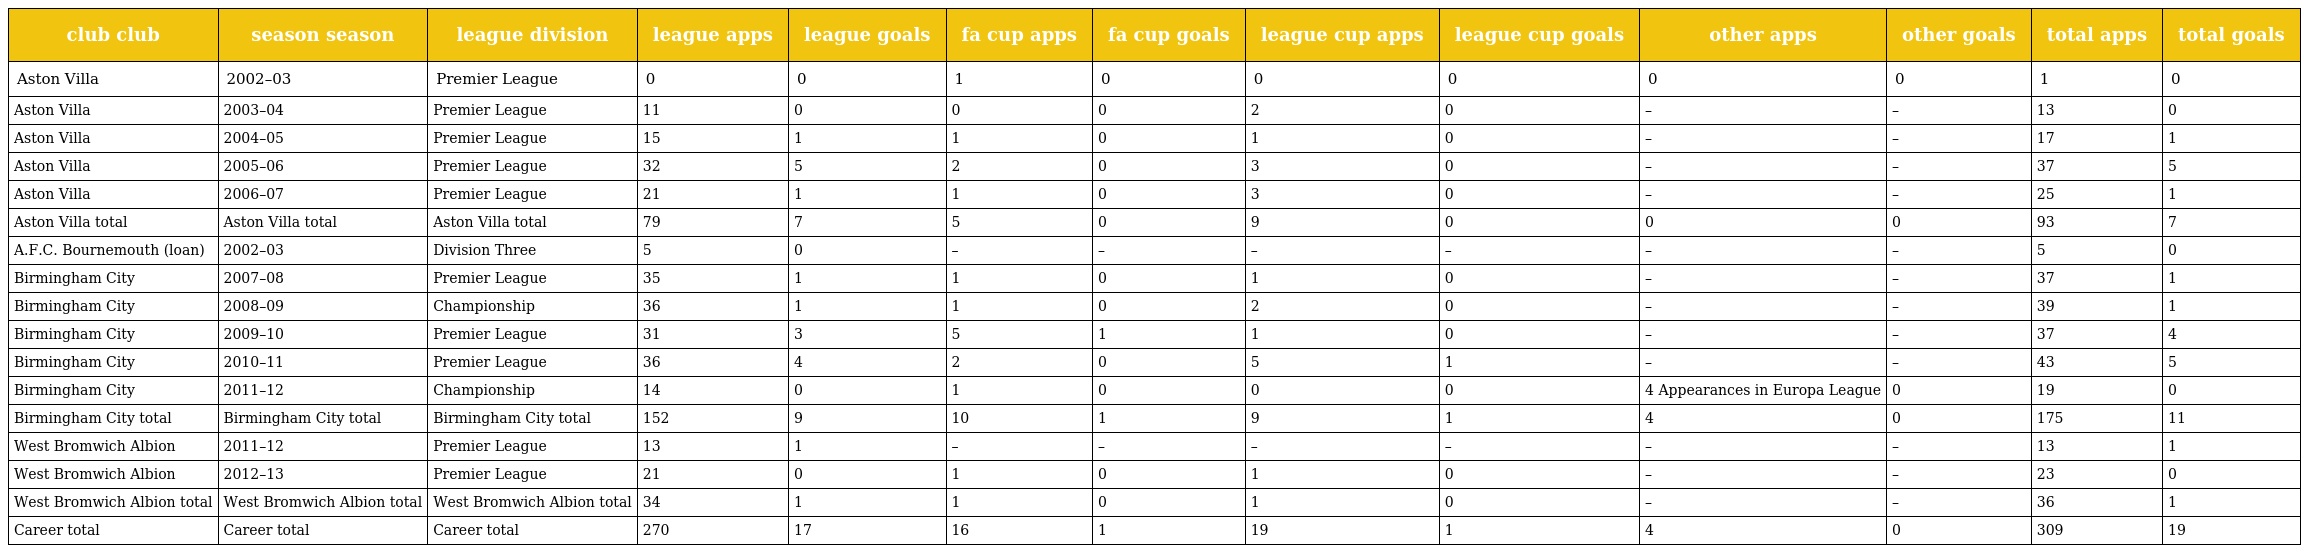
| club club | season season | league division | league apps | league goals | fa cup apps | fa cup goals | league cup apps | league cup goals | other apps | other goals | total apps | total goals |
 | --- | --- | --- | --- | --- | --- | --- | --- | --- | --- | --- | --- | --- |
 | Aston Villa | 2002–03 | Premier League | 0 | 0 | 1 | 0 | 0 | 0 | 0 | 0 | 1 | 0 |
 | Aston Villa | 2003–04 | Premier League | 11 | 0 | 0 | 0 | 2 | 0 | – | – | 13 | 0 |
 | Aston Villa | 2004–05 | Premier League | 15 | 1 | 1 | 0 | 1 | 0 | – | – | 17 | 1 |
 | Aston Villa | 2005–06 | Premier League | 32 | 5 | 2 | 0 | 3 | 0 | – | – | 37 | 5 |
 | Aston Villa | 2006–07 | Premier League | 21 | 1 | 1 | 0 | 3 | 0 | – | – | 25 | 1 |
 | Aston Villa total | Aston Villa total | Aston Villa total | 79 | 7 | 5 | 0 | 9 | 0 | 0 | 0 | 93 | 7 |
 | A.F.C. Bournemouth (loan) | 2002–03 | Division Three | 5 | 0 | – | – | – | – | – | – | 5 | 0 |
 | Birmingham City | 2007–08 | Premier League | 35 | 1 | 1 | 0 | 1 | 0 | – | – | 37 | 1 |
 | Birmingham City | 2008–09 | Championship | 36 | 1 | 1 | 0 | 2 | 0 | – | – | 39 | 1 |
 | Birmingham City | 2009–10 | Premier League | 31 | 3 | 5 | 1 | 1 | 0 | – | – | 37 | 4 |
 | Birmingham City | 2010–11 | Premier League | 36 | 4 | 2 | 0 | 5 | 1 | – | – | 43 | 5 |
 | Birmingham City | 2011–12 | Championship | 14 | 0 | 1 | 0 | 0 | 0 | 4 Appearances in Europa League | 0 | 19 | 0 |
 | Birmingham City total | Birmingham City total | Birmingham City total | 152 | 9 | 10 | 1 | 9 | 1 | 4 | 0 | 175 | 11 |
 | West Bromwich Albion | 2011–12 | Premier League | 13 | 1 | – | – | – | – | – | – | 13 | 1 |
 | West Bromwich Albion | 2012–13 | Premier League | 21 | 0 | 1 | 0 | 1 | 0 | – | – | 23 | 0 |
 | West Bromwich Albion total | West Bromwich Albion total | West Bromwich Albion total | 34 | 1 | 1 | 0 | 1 | 0 | – | – | 36 | 1 |
 | Career total | Career total | Career total | 270 | 17 | 16 | 1 | 19 | 1 | 4 | 0 | 309 | 19 |